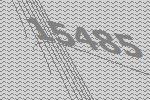
15485